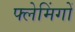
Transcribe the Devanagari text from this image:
फ्लेमिंगों